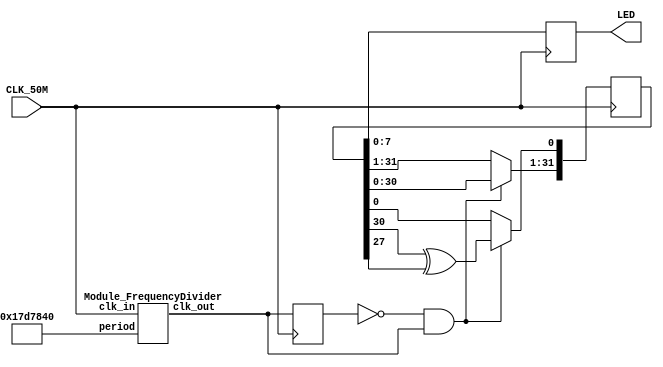
/*
 * PROBLEM 04: PSEUDORANDOM GENERATOR ON LEDs
 *	Implement a 31-bit pseudorandom number generator and display its function by
   	- Implementing a 31bit shift register (SR),
  		- Feedingback the serial input (i.e. the 0th bit) with the XOR of the
 *			30th and the 27th bit,
  		- Clocking the SR with a 1 or 2 Hz source and connecting eight randomly
 *			selected flipflop outputs to the eight LEDs;
 */
module ShiftRegister	(input CLK_50M,
											 output reg[7:0] LED);

`define		defaultPeriod	30'b000001011111010111100001000000	//	25 10^6


wire w_clock_1_Hz;
Module_FrequencyDivider	clock_1_Hz_generator(.clk_in(CLK_50M),
																						.period(`defaultPeriod),

																						.clk_out(w_clock_1_Hz));

reg[31:0] register = 32'd1;
reg old_clock_1_Hz;

always @(posedge CLK_50M) begin

	if(~old_clock_1_Hz & w_clock_1_Hz) begin
		register[31:1] <= register[30:0];
		register[0] <= (register[30] ^ register[27]);
	end

	old_clock_1_Hz <= w_clock_1_Hz;
	// The leds chosen are not actually random, but this allows me to
	// test the output knowing the initial seed.
	LED <= register[7:0];
end



endmodule




/*************************************************/
/*** Module_FrequencyDivider from chipstore.v ***/
/************************************************/
module	Module_FrequencyDivider	(input clk_in, input[29:0] period,
																 output reg clk_out);

	reg	[29:0]	counter;

	always @(posedge clk_in) begin
		if (counter >= (period - 1)) begin
			counter <= 0;
			clk_out <= ~clk_out;
		end else
			counter <= counter + 1;
	end

endmodule